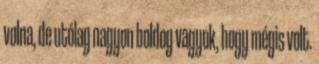
volna, de utólag nagyon boldog vagyok, hogy mégis volt.